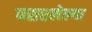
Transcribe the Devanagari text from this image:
पसरलेल्‍या